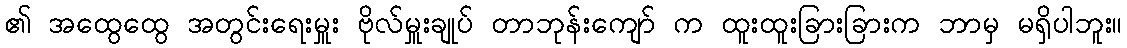
၏ အထွေထွေ အတွင်းရေးမှူး ဗိုလ်မှူးချုပ် တာဘုန်းကျော် က ထူးထူးခြားခြားက ဘာမှ မရှိပါဘူး။